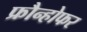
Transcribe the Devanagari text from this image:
फ्रौन्होफर